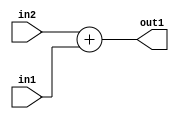
`timescale 1ps / 1ps
/*****************************************************************************
    Verilog RTL Description
    
    
    Created by: Stratus DpOpt 2019.1.01 
*******************************************************************************/

module SobelFilter_Add_12Ux9U_12U_1 (
	in2,
	in1,
	out1
	); /* architecture "behavioural" */ 
input [11:0] in2;
input [8:0] in1;
output [11:0] out1;
wire [11:0] asc001;

assign asc001 = 
	+(in2)
	+(in1);

assign out1 = asc001;
endmodule

/* CADENCE  ubL1SgA= : u9/ySgnWtBlWxVPRXgAZ4Og= ** DO NOT EDIT THIS LINE ******/